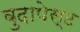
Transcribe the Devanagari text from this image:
बुदापेस्ट